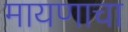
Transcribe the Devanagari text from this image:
मायणाचा